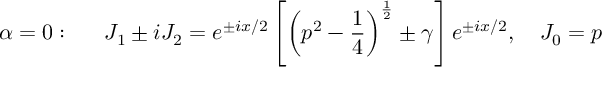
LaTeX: \alpha = 0 : \quad \, \, \, J _ { 1 } \pm i J _ { 2 } = e ^ { \pm i x / 2 } \left[ \left( p ^ { 2 } - \frac 1 4 \right) ^ { \frac 1 2 } \pm \gamma \right] e ^ { \pm i x / 2 } , \quad J _ { 0 } = p